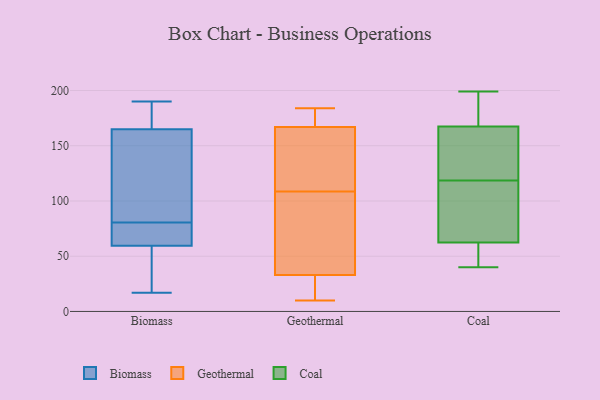
{"axis": {"x": "Tickets Resolved", "y": "Value"}, "legend": ["Biomass", "Coal", "Geothermal"], "data": [{"x": "", "y": 56, "type": "Biomass"}, {"x": "", "y": 40, "type": "Biomass"}, {"x": "", "y": 157, "type": "Biomass"}, {"x": "", "y": 17, "type": "Biomass"}, {"x": "", "y": 181, "type": "Biomass"}, {"x": "", "y": 98, "type": "Biomass"}, {"x": "", "y": 68, "type": "Biomass"}, {"x": "", "y": 190, "type": "Biomass"}, {"x": "", "y": 173, "type": "Biomass"}, {"x": "", "y": 73, "type": "Biomass"}, {"x": "", "y": 88, "type": "Biomass"}, {"x": "", "y": 63, "type": "Biomass"}, {"x": "", "y": 96, "type": "Geothermal"}, {"x": "", "y": 93, "type": "Geothermal"}, {"x": "", "y": 14, "type": "Geothermal"}, {"x": "", "y": 10, "type": "Geothermal"}, {"x": "", "y": 122, "type": "Geothermal"}, {"x": "", "y": 15, "type": "Geothermal"}, {"x": "", "y": 121, "type": "Geothermal"}, {"x": "", "y": 73, "type": "Geothermal"}, {"x": "", "y": 137, "type": "Geothermal"}, {"x": "", "y": 184, "type": "Geothermal"}, {"x": "", "y": 123, "type": "Geothermal"}, {"x": "", "y": 184, "type": "Geothermal"}, {"x": "", "y": 23, "type": "Geothermal"}, {"x": "", "y": 171, "type": "Geothermal"}, {"x": "", "y": 33, "type": "Geothermal"}, {"x": "", "y": 183, "type": "Geothermal"}, {"x": "", "y": 66, "type": "Geothermal"}, {"x": "", "y": 167, "type": "Geothermal"}, {"x": "", "y": 62, "type": "Coal"}, {"x": "", "y": 105, "type": "Coal"}, {"x": "", "y": 60, "type": "Coal"}, {"x": "", "y": 43, "type": "Coal"}, {"x": "", "y": 139, "type": "Coal"}, {"x": "", "y": 132, "type": "Coal"}, {"x": "", "y": 40, "type": "Coal"}, {"x": "", "y": 199, "type": "Coal"}, {"x": "", "y": 177, "type": "Coal"}, {"x": "", "y": 151, "type": "Coal"}, {"x": "", "y": 158, "type": "Coal"}, {"x": "", "y": 92, "type": "Coal"}, {"x": "", "y": 188, "type": "Coal"}, {"x": "", "y": 63, "type": "Coal"}, {"x": "", "y": 184, "type": "Coal"}, {"x": "", "y": 102, "type": "Coal"}]}